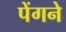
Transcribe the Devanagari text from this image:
पेंगने